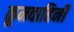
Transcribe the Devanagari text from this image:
कूमवाहिनी